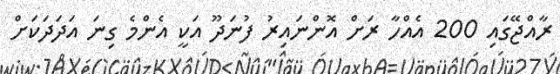
ރާއްޖޭގައި 200 އެއްހާ ރަށް އޮންނައިރު ފުނަދޫ އަކީ އެންމެ ގިނަ އަދަދަކަށް